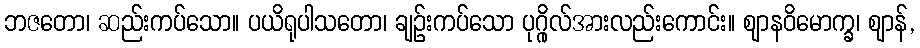
ဘဇတော၊ ဆည်းကပ်သော။ ပယိရုပါသတော၊ ချဉ်းကပ်သော ပုဂ္ဂိုလ်အားလည်းကောင်း။ ဈာနဝိမောက္ခ၊ ဈာန်,